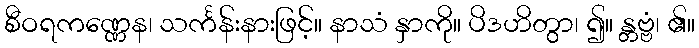
စီဝရကဏ္ဏေန၊ သင်္ကန်းနားဖြင့်။ နာသံ နှာကို။ ပိဒဟိတွာ၊ ၍။ န္တဗ္ဗံ၊ ၏။